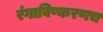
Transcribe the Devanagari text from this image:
रंगाविष्करणच